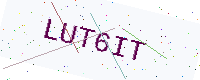
Text: LUT6IT